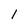
Character: 1